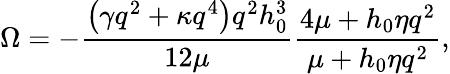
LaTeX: \Omega=-\frac{\left(\gamma{{q}^{2}}+\kappa{{q}^{4}}\right){{q}^{2}}h_{0}^{3}}{12\mu}\frac{4\mu+{{h}_{0}}\eta{{q}^{2}}}{\mu+{{h}_{0}}\eta{{q}^{2}}},